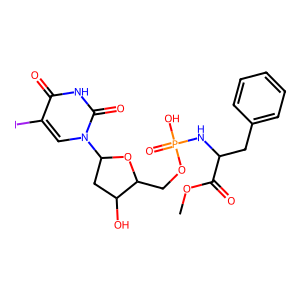
SMILES: COC(=O)C(Cc1ccccc1)NP(=O)(O)OCC1OC(n2cc(I)c(=O)[nH]c2=O)CC1O
Inhibits HIV replication: No